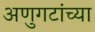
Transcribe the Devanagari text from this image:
अणुगटांच्या